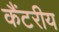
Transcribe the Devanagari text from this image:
कैंटरीय